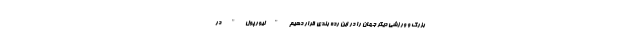
بزرگ و ورزشی دیگر جهان را در این رده بندی قرار دهیم "لیورپول" در